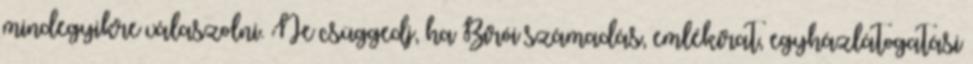
mindegyikre válaszolni. Ne csüggedj, ha Bírói számadás, emlékirat, egyházlátogatási